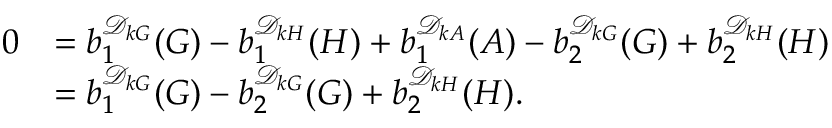
\begin{array} { r l } { 0 } & { = b _ { 1 } ^ { \mathcal D _ { k G } } ( G ) - b _ { 1 } ^ { \mathcal D _ { k H } } ( H ) + b _ { 1 } ^ { \mathcal D _ { k A } } ( A ) - b _ { 2 } ^ { \mathcal D _ { k G } } ( G ) + b _ { 2 } ^ { \mathcal D _ { k H } } ( H ) } \\ & { = b _ { 1 } ^ { \mathcal D _ { k G } } ( G ) - b _ { 2 } ^ { \mathcal D _ { k G } } ( G ) + b _ { 2 } ^ { \mathcal D _ { k H } } ( H ) . } \end{array}